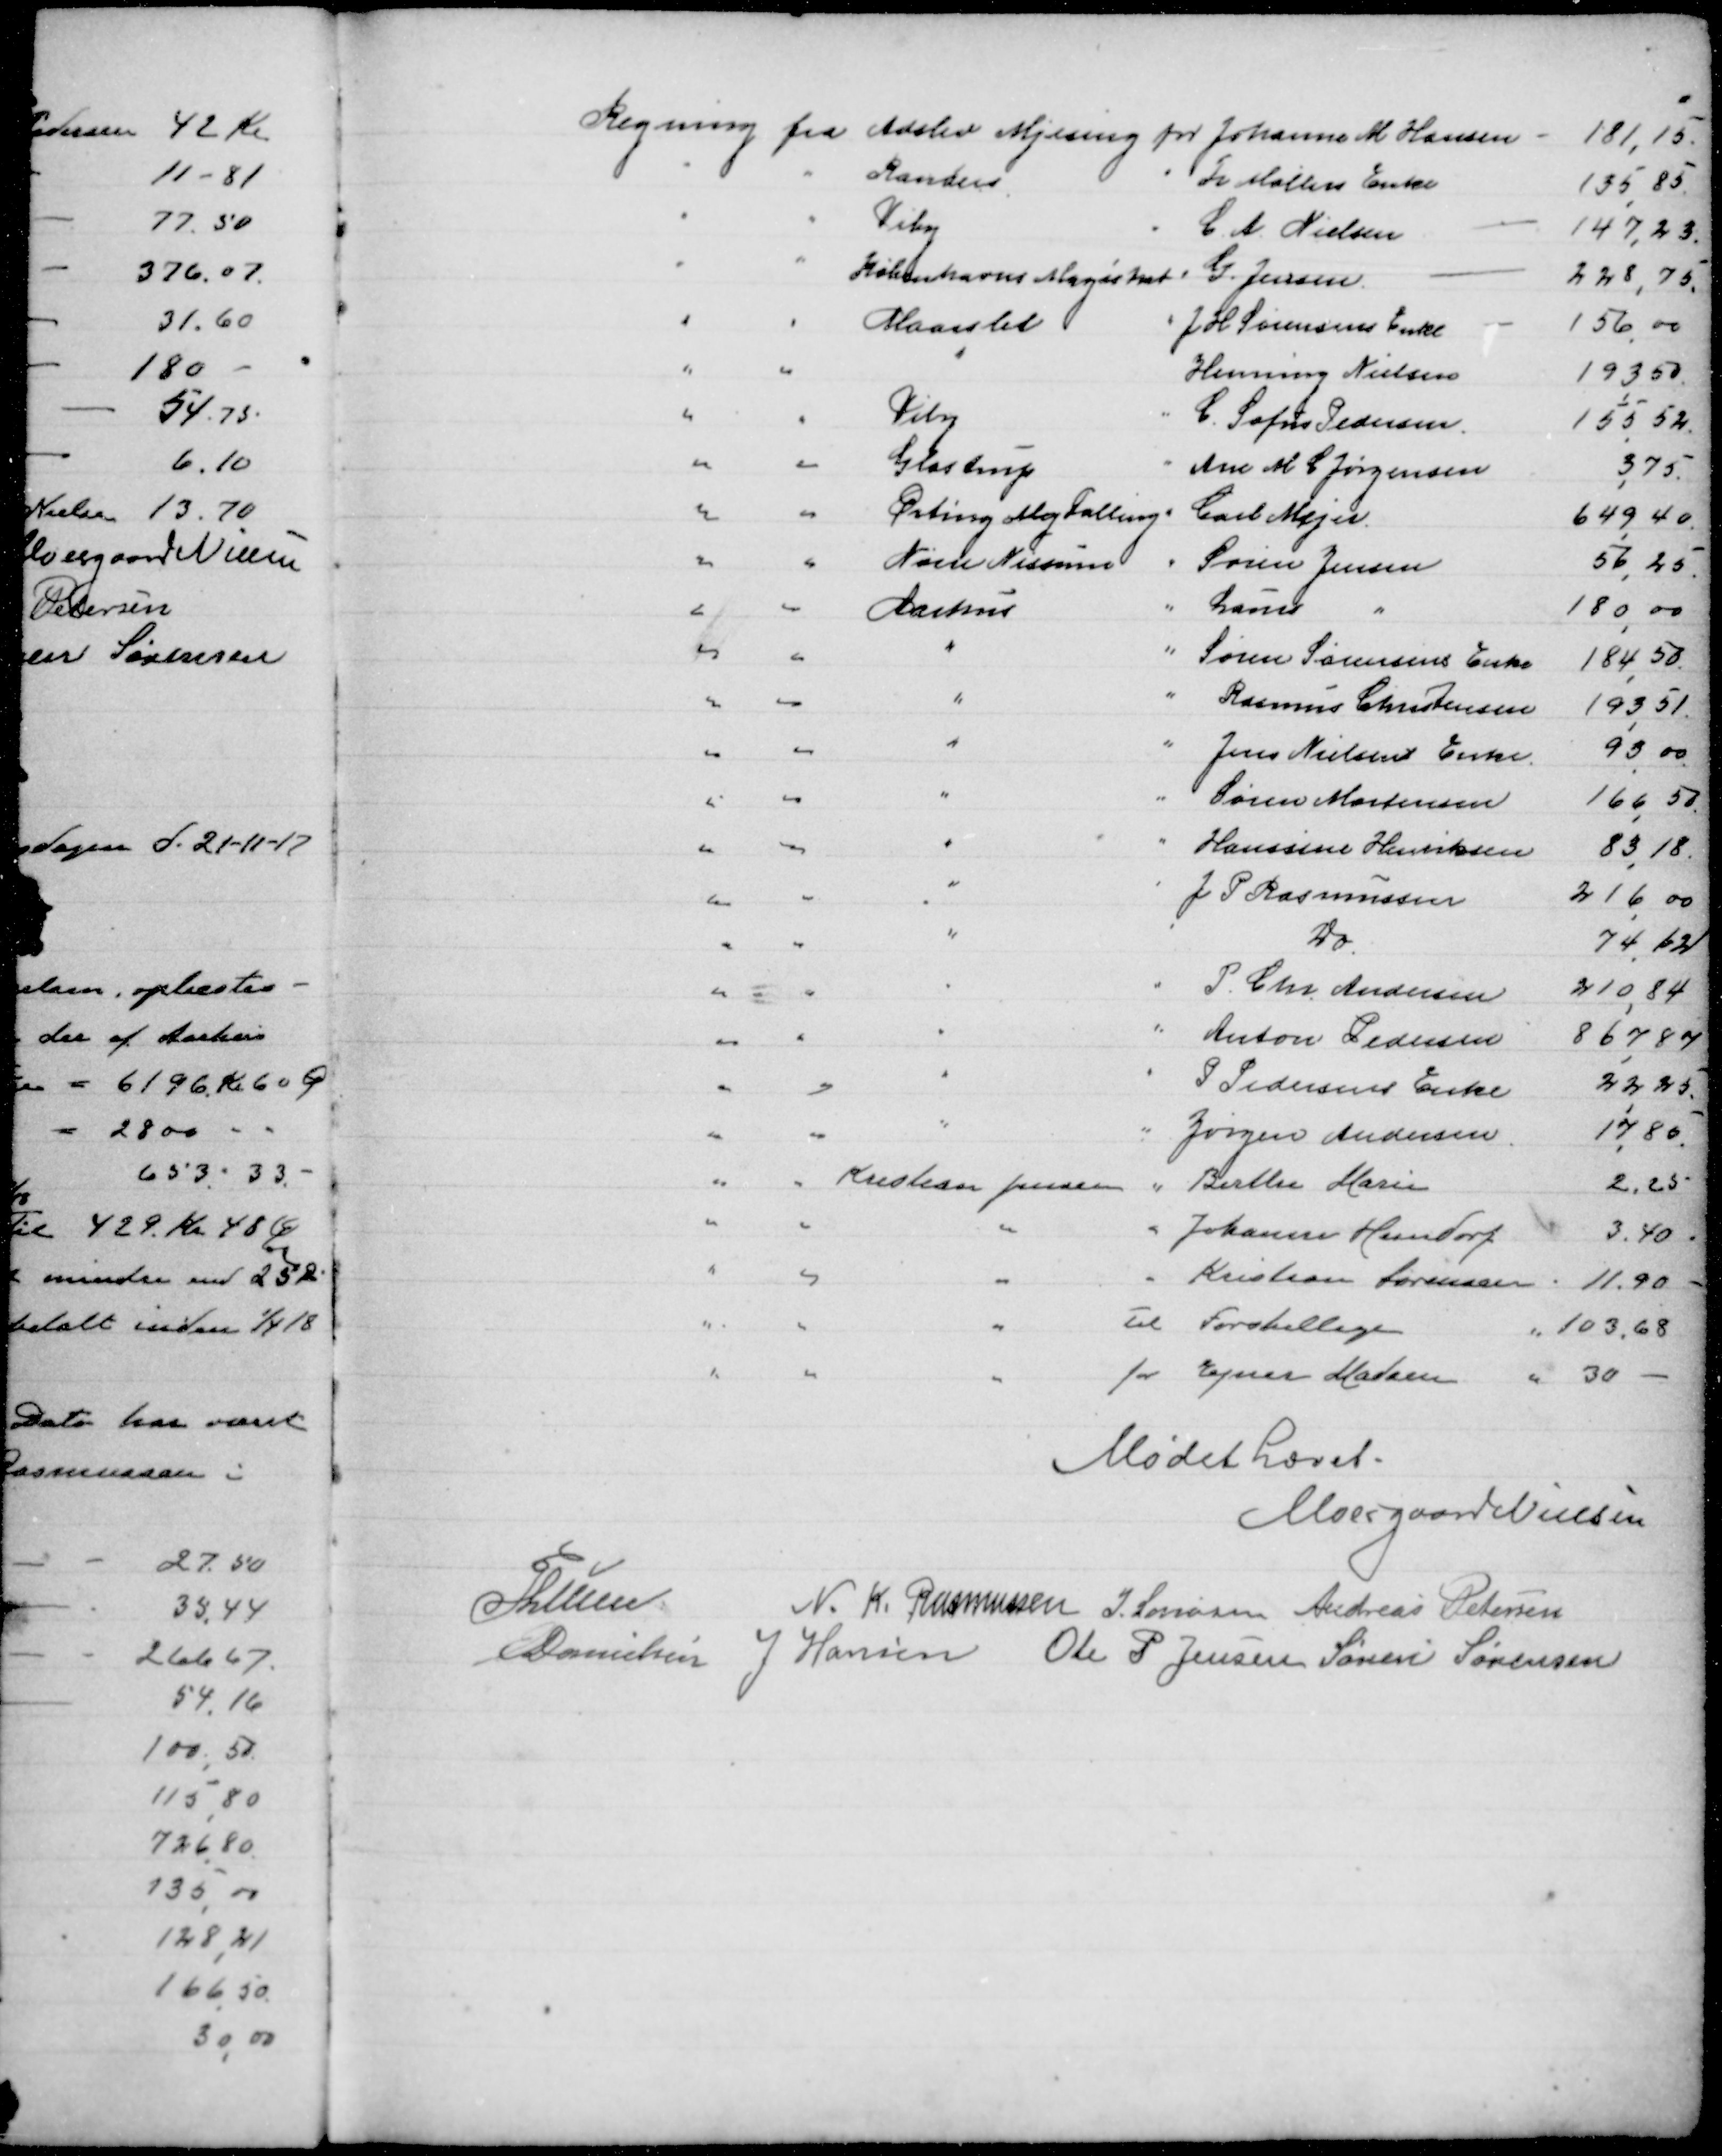
Transskription:
Mødet hævet
Moesgaard Nielsen

P Lunn
N. K. Rasmussen J Sørensen Andreas Petersen
E Danielsen J Hansen Ole P Jensen Søren Sørensen